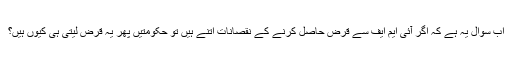
اب سوال یہ ہے کہ اگر آئی ایم ایف سے قرض حاصل کرنے کے نقصانات اتنے ہیں تو حکومتیں پھر یہ قرض لیتی ہی کیوں ہیں؟